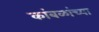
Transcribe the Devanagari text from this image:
कांबळांच्या